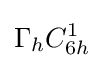
\Gamma _{h}C_{6h}^{1}